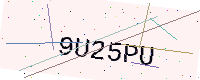
Text: 9U25PU